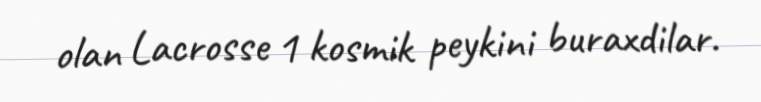
olan Lacrosse 1 kosmik peykini buraxdilar.